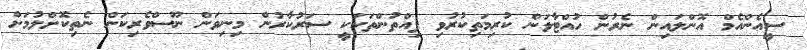
ސީއެންއެމް އޮންލައިން ނެރުން ހުއްޓާލަން ކުރިމަތިކުރުވި ފިއްތުންތަކަކީ ސަރުކާރުން މިނިވަން ނޫސްވެރިކަން ނެތިކޮށްލުމަށް